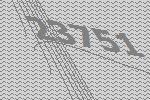
23751